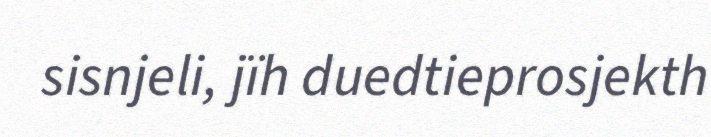
sisnjeli, jïh duedtieprosjekth